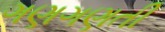
ગણગણતી